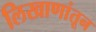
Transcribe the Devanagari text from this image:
लिखाणांतून